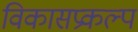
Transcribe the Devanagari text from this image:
विकासप्रकल्प